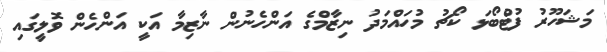
މަޝަހޫރު ފުޓްބޯޅަ ކޯޗު މުހައްމަދު ނިޒާމްގެ އަންހެނުން ނާޒިމާ އަކީ އަންހެން ވޮލީގައި